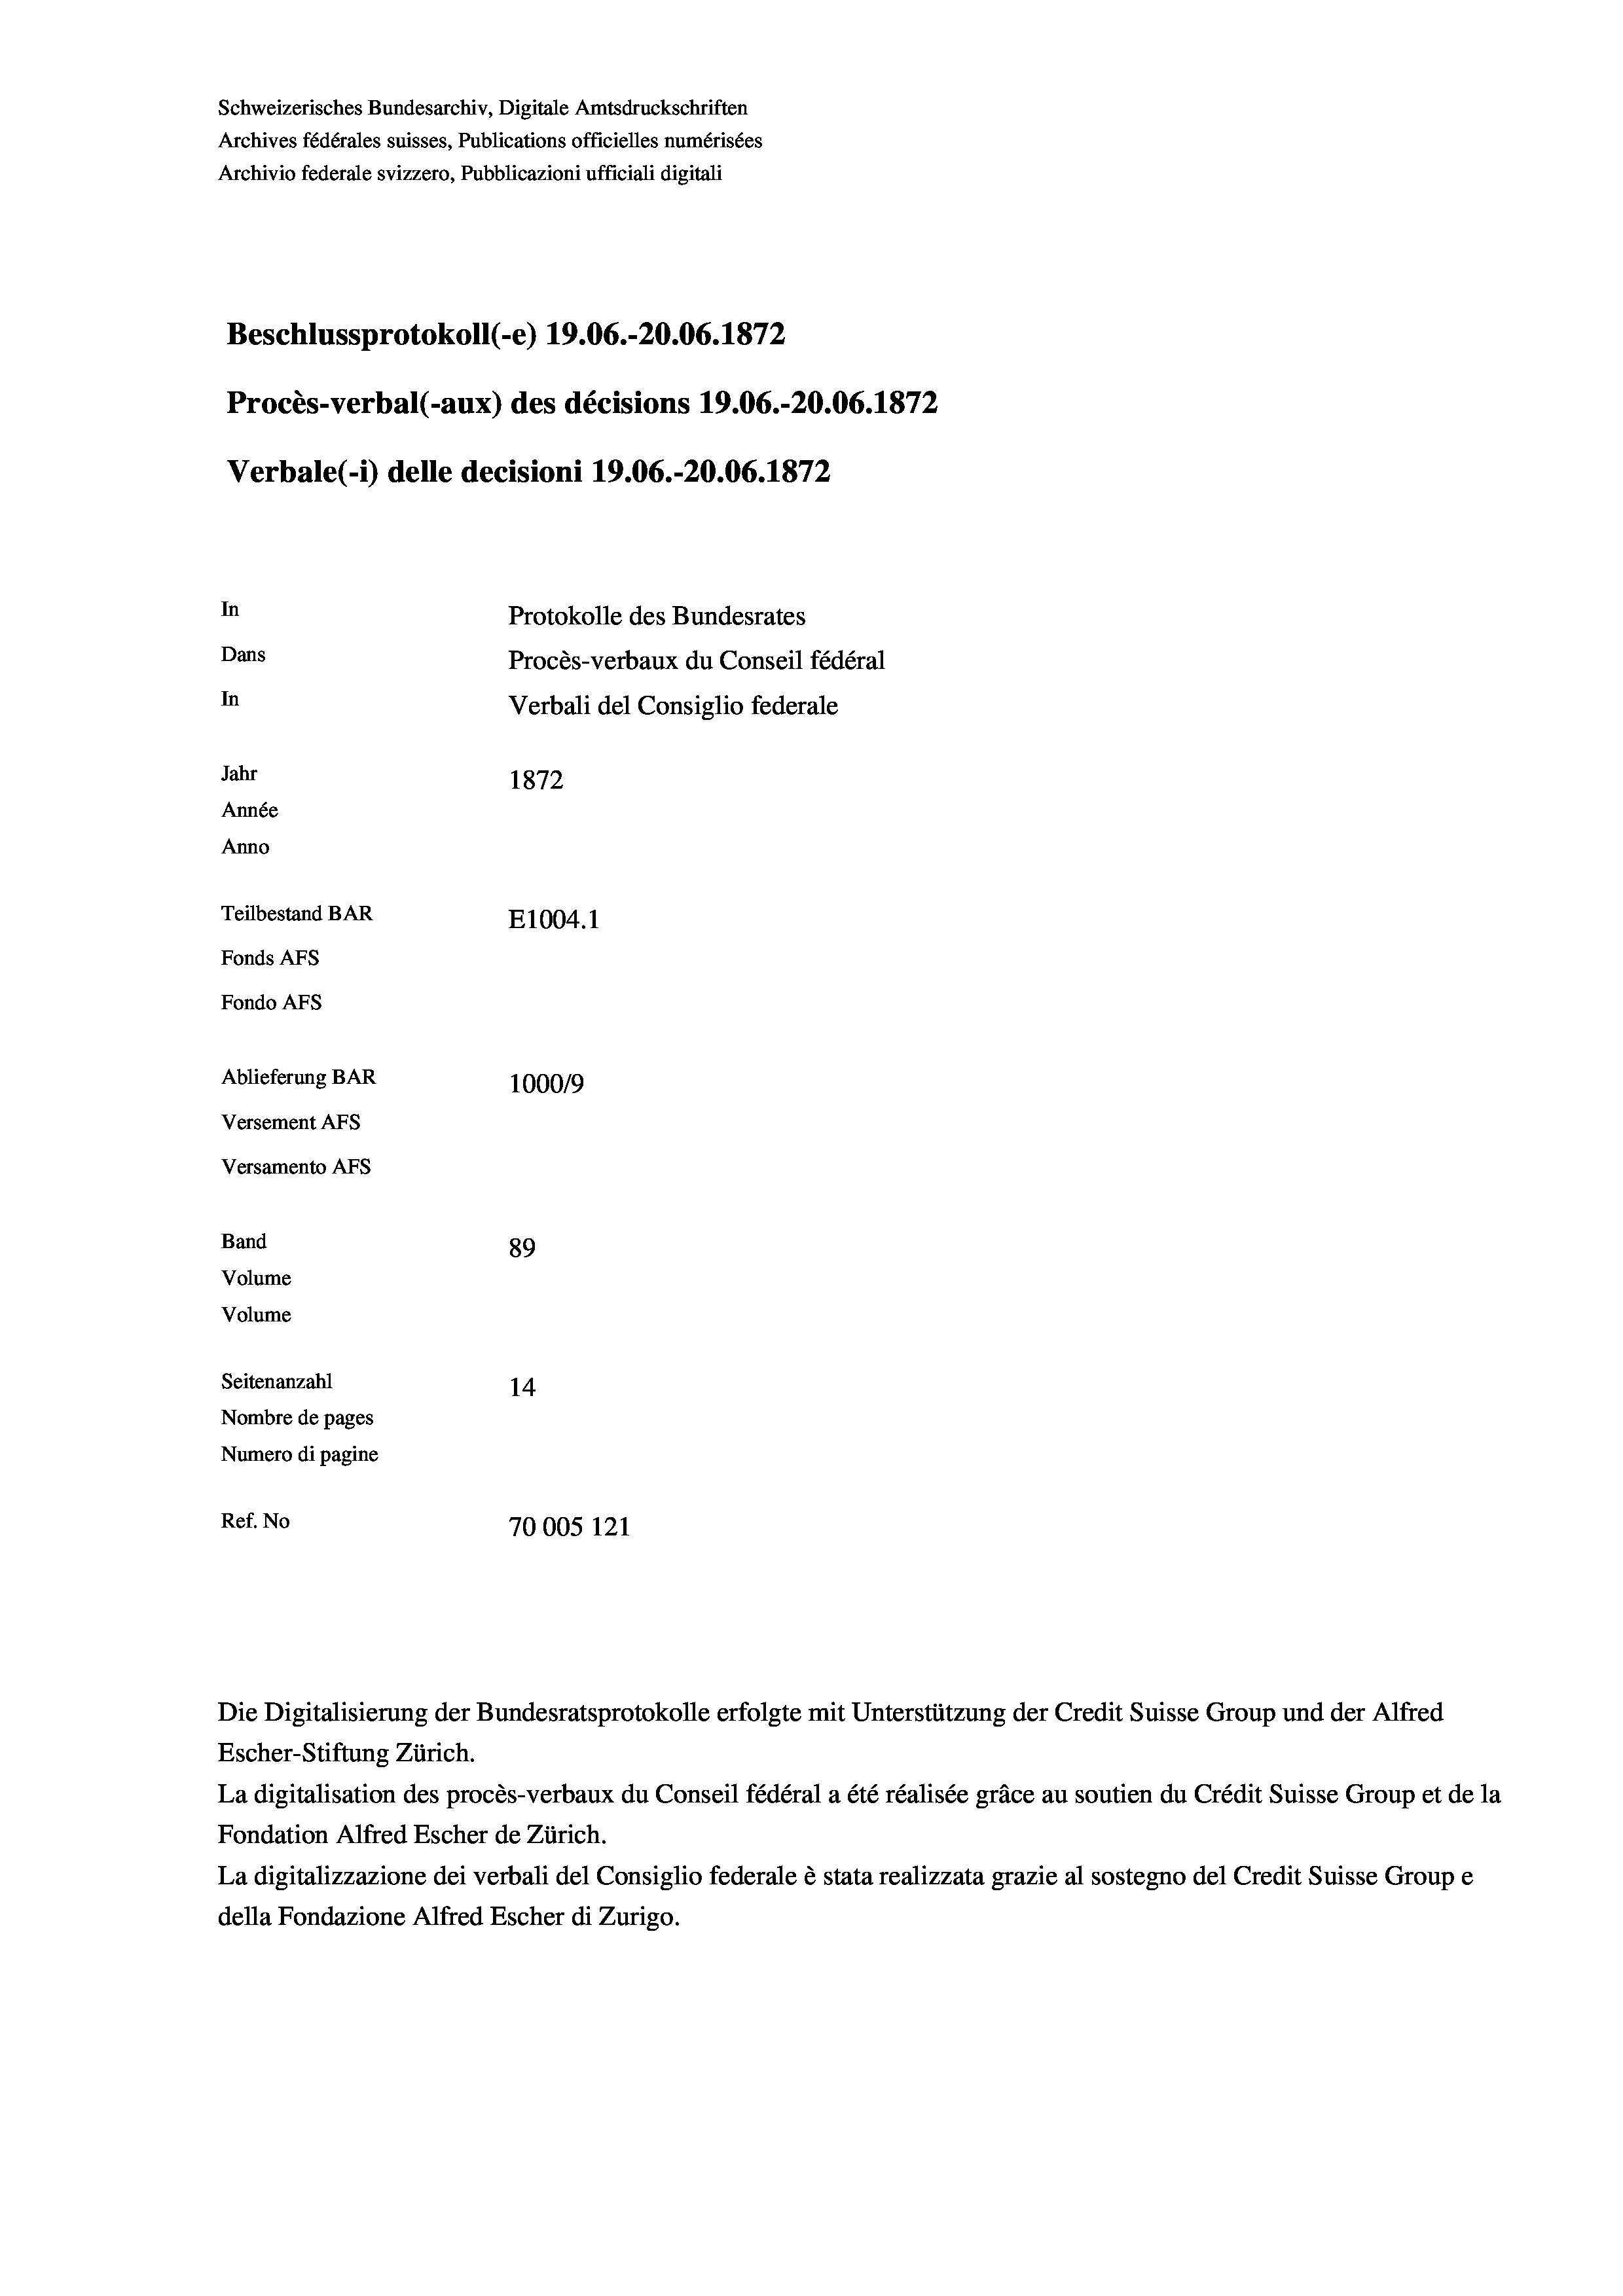
Schweizerisches Bundesarchiv, Digitale Amtsdruckschriften
Archives fédérales suisses, Publications officielles numérisées
Archivio federale svizzero, Pubblicazioni ufficiali digitali
Beschlussprotokoll (-e) 19.06.-20.06. 1872
Procès-verbal (-aux) des décisions 19.06.-20.06. 1872
Verbale (- 1) delle decisioni 19.06.-20.06. 1872
In
Protokolle des Bundesrates
Dans
Procès-verbaux du Conseil fédéral
In
Verbali del Consiglio federale
Jahr
1872
Année
Anno
Teilbestand BAR
E1004.1
Fonds AFs
Fondo Afs
Ablieferung BAR
100019
Versement AFs
Versamento AFs

Band
Volume

89
14
Nombre de pages
Numero di pagine
Ref. No
70005 121

Volume
Seitenanzahl

Die Digitalisierung der Bundesratsprotokolle erfolgte mit Unterstützung der Credit Suisse Group und der Alfred
Escher-Stiftung Zürich.
La digitalisation des procès-verbaux du Conseil fédéral a été réalisée gräce au soutien du Crédit Suisse Group et de la
Fondation Alfred Escher de Zürich.
La digitalizzazione dei verbali del Consiglio federale è stata realizzata grazie al sostegno del Credit Suisse Groupe
della Fondazione Alfred Escher di Zurigo.